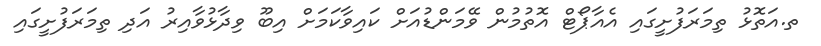
ތ.އަތޮޅު ތިމަރަފުށީގައި އެއާޕޯޓް އޮތުމުން ވޭމަންޑުއަށް ކައިވާކަމަށް އިބޫ ވިދާޅުވާއިރު އަދި ތިމަރަފުށީގައި